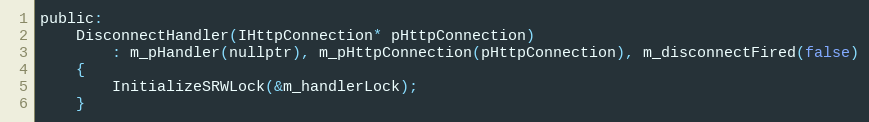
Language: C
public:
    DisconnectHandler(IHttpConnection* pHttpConnection)
        : m_pHandler(nullptr), m_pHttpConnection(pHttpConnection), m_disconnectFired(false)
    {
        InitializeSRWLock(&m_handlerLock);
    }